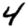
Digit: 4